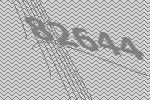
82644